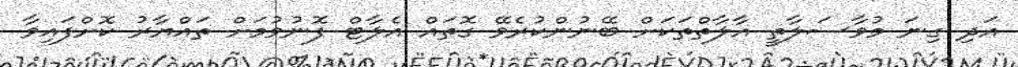
އަދި ގިނަ މުވާސަލާތީ އާލާތްތަކަށް ބޭނުންކުރެވޭ ގޮތައް އެލާޓް ފޮނުވުމަށް ތައްޔާރު ކޮށްފައިވާ